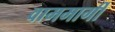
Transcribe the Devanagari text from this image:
वाममार्गी